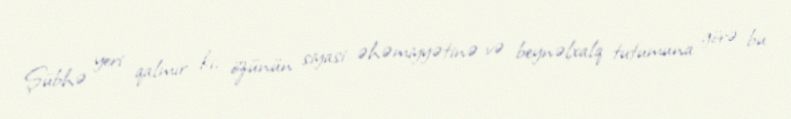
Şübhə yeri qalmır ki, özünün siyasi əhəmiyyətinə və beynəlxalq tutumuna görə bu